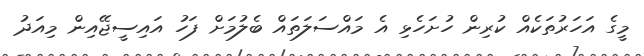
މީގެ އަހަރުތަކެއް ކުރިން ހުށަހެޅި އެ މައްސަލަތައް ބެލުމަށް ފަހު އައިސީޖޭއިން މިއަދު